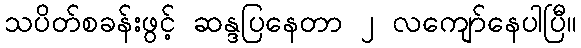
သပိတ်စခန်းဖွင့် ဆန္ဒပြနေတာ ၂ လကျော်နေပါပြီ။